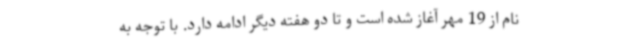
نام از 19 مهر آغاز شده است و تا دو هفته دیگر ادامه دارد. با توجه به